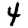
Digit: 4